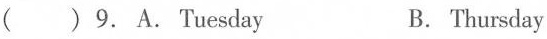
( )9. A.Tuesday B. Thursday